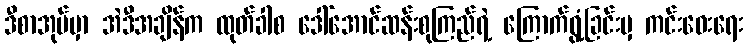
ဒီစာအုပ်မှာ အဲဒီအချိန်က ထုတ်ခါစ ဒေါ်အောင်ဆန်းစုကြည်ရဲ့ ကြောက်ရွံ့ခြင်းမှ ကင်းဝေးရေး